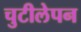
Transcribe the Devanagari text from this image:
चुटीलेपन